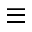
\equiv